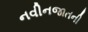
નવીનજાતની